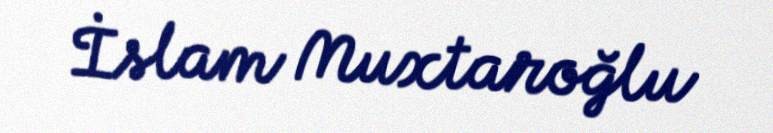
İslam Muxtaroğlu